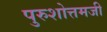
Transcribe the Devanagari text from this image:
पुरुशोत्तमजी